Annual statistical returns and brief notes on vaccination in Bengal - 1896-1909
Year: 1896
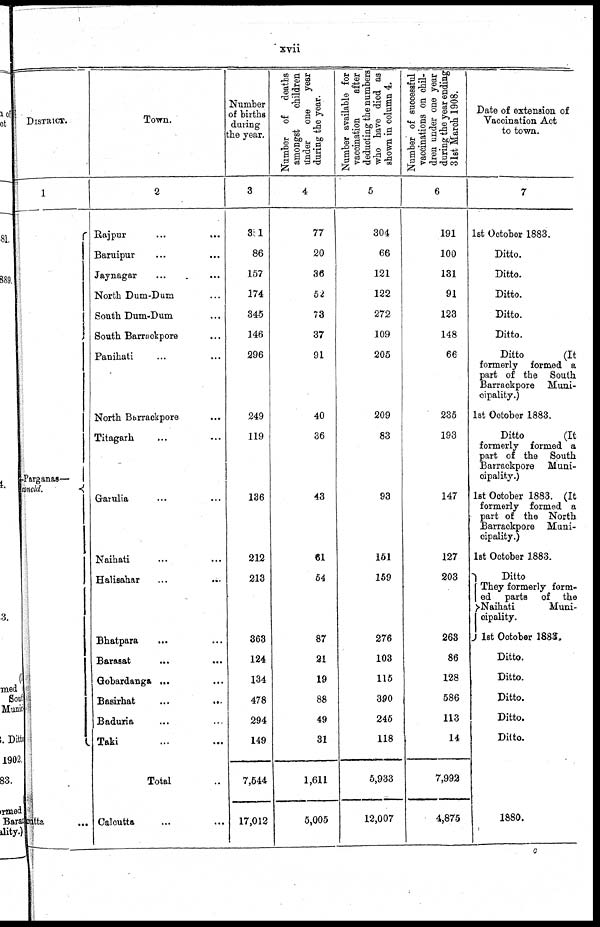
xvii
DISTRICT.
1
Parganas—
cutts.
Town.
2
Rajpur...
...
...
Baruipur... ... ...
Jaynagar...
...
...
North Dum-Dum... ... ...
South Dum-Dum... ... ...
South Barrackpore... ... ...
Panihati... ... ... ...
North Barrackpore... ...
Titagarh... ...
Garulia... ...
Naihati... ...
Halisahar...
...
Bhatpara... ...
Barasat...
...
...
Gobardanga... ...
Basirhat...
...
Baduria... ...
Taki... ...
Total...
Calcutta... ...
Number
of births
during
the year.
3
301
86
157
174
345
146
296
249
119
136
212
213
363
124
134
478
294
149
7,544
17,012
Number of
deaths
amongst
children
under
one
year
during the year.
4
77
20
36
52
73
37
91
40
36
43
61
54
87
21
19
88
49
31
1,611
5,005
Number available for
vaccination
after
deducting the numbers
who have died as
shown in column 4.
5
304
66
121
122
272
109
205
209
83
93
151
159
276
103
115
390
245
118
5,933
12,007
Number of successful
vaccinations on chil-
dren under one year
during the year ending
31st March 1908.
6
191
100
131
91
123
148
66
235
193
147
127
203
263
86
128
586
113
14
7,992
4,875
Date of extension of
Vaccination Act
to town.
7
1st October 1883.
Ditto.
Ditto.
Ditto.
Ditto.
Ditto.
Ditto
(It
formerly formed a
part of the South
Barrackpore Muni-
cipality.)
1st October 1883.
Ditto
(It
formerly formed a
part of the South
Barrackpore Muni-
cipality.)
1st October 1883. (It
formerly formed a
part of the North
Barrackpore Muni-
cipality.)
1st October 1883.
Ditto
They formerly form-
ed parts of the
Naihati
Muni-
cipality.
1st October 1883,
Ditto.
Ditto.
Ditto.
Ditto.
Ditto.
1880.
c